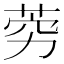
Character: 䓖